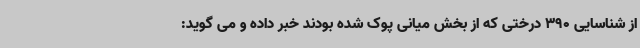
از شناسایی 390 درختی که از بخش میانی پوک شده بودند خبر داده و می گوید: